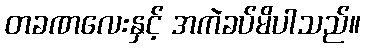
တခဏလေးနှင့် အကဲခပ်မိပါသည်။